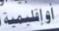
أوإقليمية